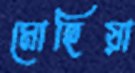
মোহিয়া